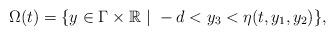
LaTeX: \begin{align*}\Omega(t) = \{ y \in \Gamma \times \mathbb{R}\ | \ -d<y_3<\eta(t,y_1, y_2)\}, \end{align*}